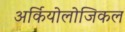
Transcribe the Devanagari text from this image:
अर्कियोलोजिकल